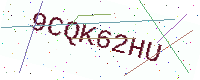
Text: 9CQK62HU